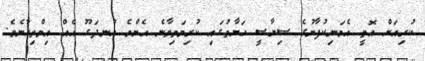
ކުރިއަށް އޮތީ އެމަނިކުފާނުގެ ސިޔާސީ ހަޔާތުގައި ކުރިމަތިވާނެ އެންމެ އުނދަގޫ އެެއް އިމްތިހާނެވެ.